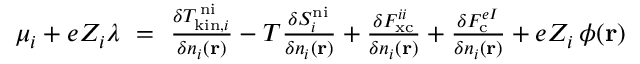
\begin{array} { r } { \mu _ { i } + e Z _ { i } \lambda \ = \ \frac { \delta T _ { \mathrm { k i n } , i } ^ { \mathrm { \, n i } } } { \delta n _ { i } ( \mathbf { r } ) } - T \frac { \delta S _ { i } ^ { \mathrm { n i } } } { \delta n _ { i } ( \mathbf { r } ) } + \frac { \delta F _ { \mathrm { x c } } ^ { i i } } { \delta n _ { i } ( \mathbf { r } ) } + \frac { \delta F _ { \mathrm { c } } ^ { e I } } { \delta n _ { i } ( \mathbf { r } ) } + e Z _ { i } \, \phi ( \mathbf { r } ) } \end{array}